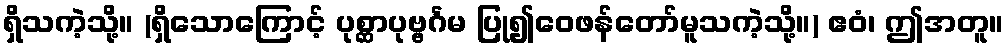
ရှိသကဲ့သို့။ (ရှိသောကြောင့် ပုစ္ဆာပုဗ္ဗင်္ဂမ ပြု၍ဝေဖန်တော်မူသကဲ့သို့။) ဧဝံ၊ ဤအတူ။